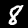
Digit: 8